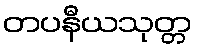
တပနီယသုတ္တ